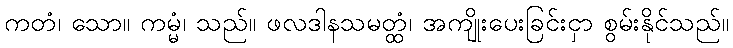
ကတံ၊ သော။ ကမ္မံ၊ သည်။ ဖလဒါနသမတ္ထံ၊ အကျိုးပေးခြင်းငှာ စွမ်းနိုင်သည်။